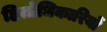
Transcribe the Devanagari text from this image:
हितोधिकारियों